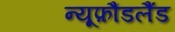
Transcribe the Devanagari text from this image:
न्यूफ़ौंडलैंड